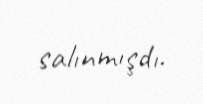
salınmışdı.